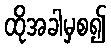
ထိုအခါမှစ၍